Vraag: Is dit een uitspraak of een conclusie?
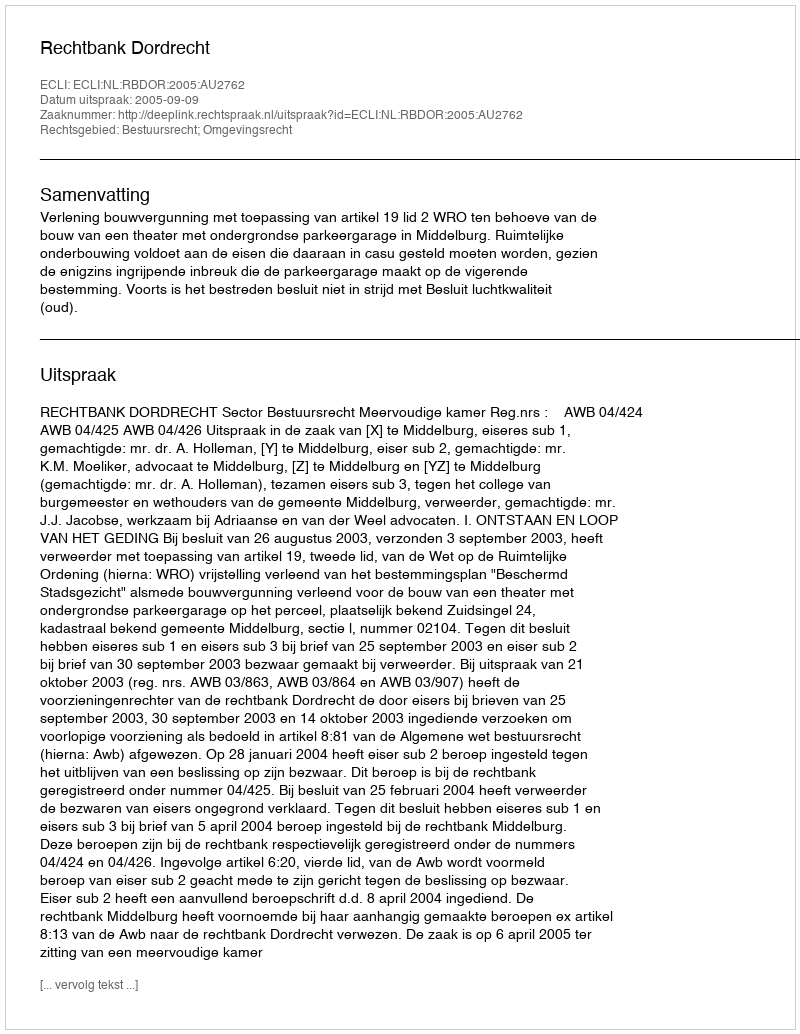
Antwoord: Uitspraak